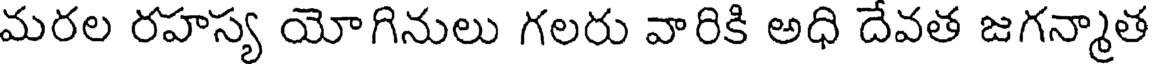
మరల రహస్య యోగినులు గలరు వారికి అధి దేవత జగన్మాత